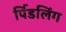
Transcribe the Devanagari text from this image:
र्पिडलिंग